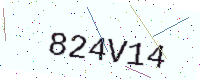
Text: 824V14